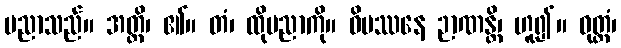
ပညာသည်။ အတ္ထိ၊ ၏။ တံ၊ ထိုပညာကို။ ဝိပဿနေ ဉာဏန္တိ၊ ဟူ၍။ ဝုတ္တံ၊